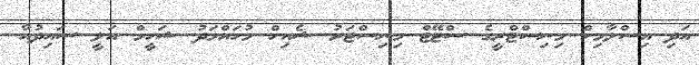
އަދި އިސްލާމިކް މިނިސްޓްރީގެ ސްޓޭޓް މިނިސްޓަރު ޝެއިހް މުހައްމަދު ޝަހީމް އަލީ ސައިދުއާ